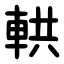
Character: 輁